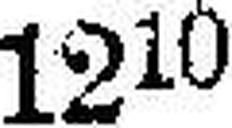
1210